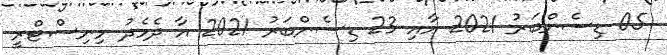
05 ޑިސެންބަރު 2021 އާއި 23 ޑިސެންބަރު 2021 އާ ދެމެދު މިނިސްޓްރީ